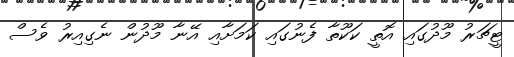
ޓީޗަރު މޫދުގައި އޮތީ ކަކޫތާ ފެނުގައި ކަމަށާއި އޭނާ މޫދުން ނެގިއިރު ވެސް